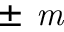
\pm \textit { m }